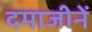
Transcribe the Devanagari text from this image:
दमाजीनें